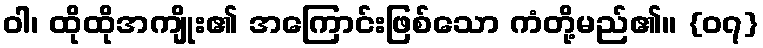
ဝါ၊ ထိုထိုအကျိုး၏ အကြောင်းဖြစ်သော ကံတို့မည်၏။ {၀၇}